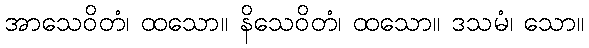
အာသေဝိတံ၊ ထသော။ နိသေဝိတံ၊ ထသော။ ဒသမံ၊ သော။